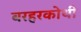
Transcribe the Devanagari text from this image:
बरहरकोथी